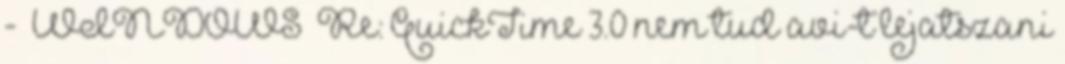
- WINDOWS Re: QuickTime 3.0 nem tud avi-t lejatszani